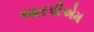
આરપીએમ